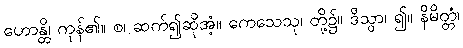
ဟောန္တိ၊ ကုန်၏။ စ၊ ဆက်၍ဆိုအံ့။ ကေသေသု၊ တို့၌။ ဒိသွာ၊ ၍။ နိမိတ္တံ၊